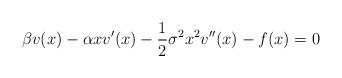
LaTeX: \begin{align*}\beta v(x)-\alpha x v'(x)-\frac{1}{2}\sigma^2x^2v''(x)-f(x)=0\end{align*}